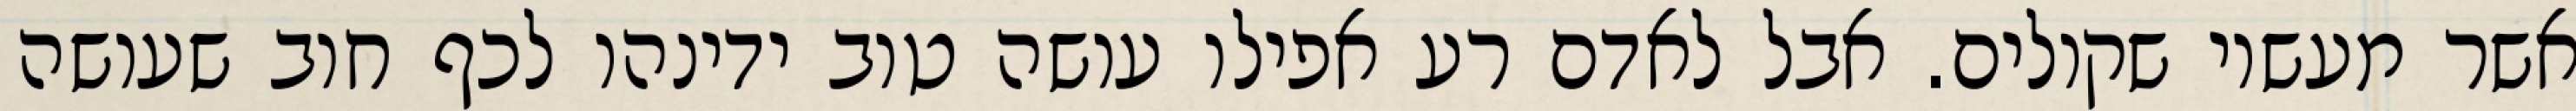
אשר מעשיו שקולים. אבל לאדם רע אפילו עושה טוב ידינהו לכף חוב שעושה